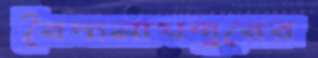
বৈদ্যনাথপুরের